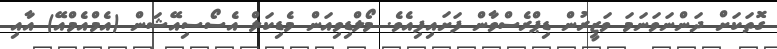
ގޮތަކަށް ދަންނަވަނަމަ ވަޒީރުން ޑިޕްރެސްވާން ފަށައިފިއެވެ. މޯލްޑިވިއަން މެޑިކަލް އެސޯސިއޭޝަން (އެމްއެމްއޭ) އާއި